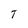
Character: T